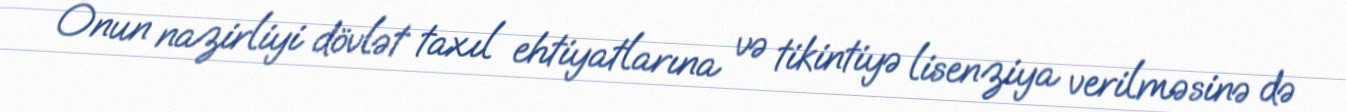
Onun nazirliyi dövlət taxıl ehtiyatlarına və tikintiyə lisenziya verilməsinə də